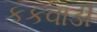
કકવાડી